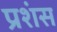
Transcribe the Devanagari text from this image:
प्रशंस